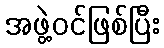
အဖွဲ့ဝင်ဖြစ်ပြီး